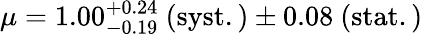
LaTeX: \mu=1.00_{-0.19}^{+0.24}~\mathrm{(syst.)}\pm 0.08~\mathrm{(stat.)}